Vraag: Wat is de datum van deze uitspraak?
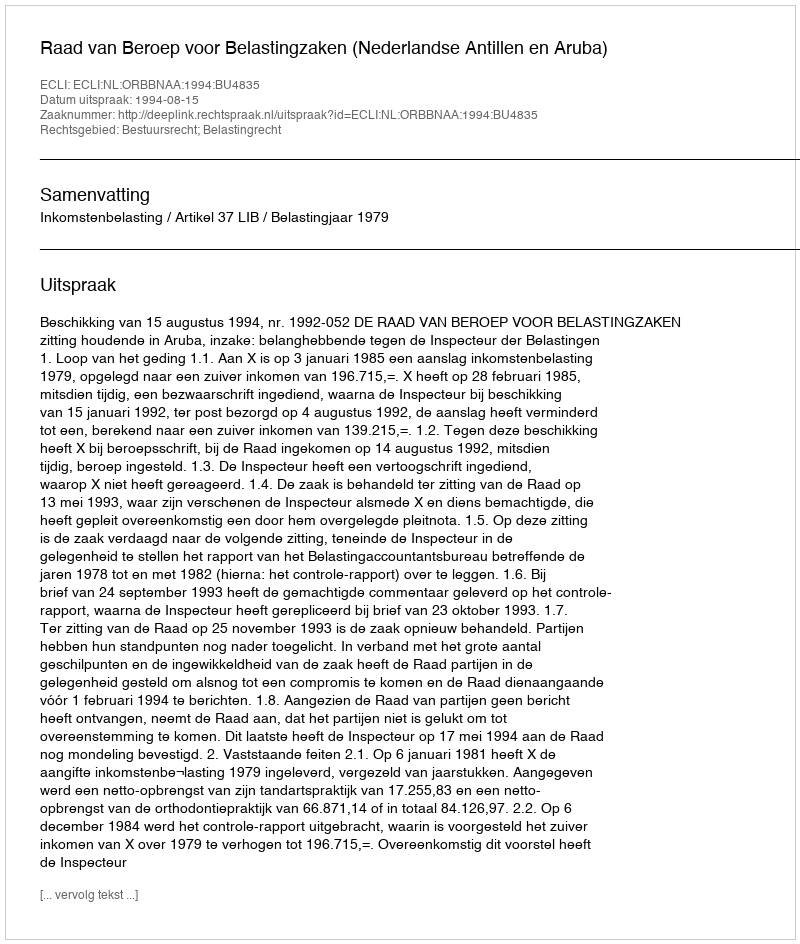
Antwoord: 1994-08-15